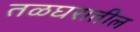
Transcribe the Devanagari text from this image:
तळघरातील